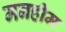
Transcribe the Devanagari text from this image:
मनहीम